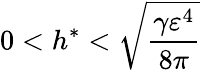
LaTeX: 0<h^{\ast}<\sqrt[]{\frac{\gamma\varepsilon^{4}}{8\pi}}